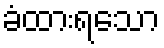
ခံထားရသော